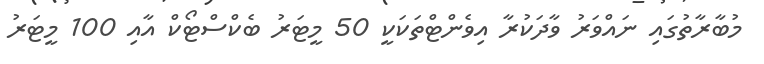
މުބާރާތުގައި ނައްވަރު ވާދަކުރާ އިވެންޓްތަކަކީ 50 މީޓަރު ބެކްސްޓޯކް އާއި 100 މީޓަރު